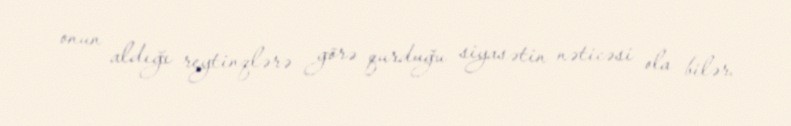
onun aldığı reytinqlərə görə qurduğu siyasətin nəticəsi ola bilər.